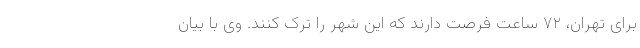
برای تهران، ۷۲ ساعت فرصت دارند که این شهر را ترک کنند. وی با بیان